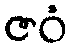
ဇဝံ